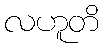
လဟူတိ